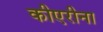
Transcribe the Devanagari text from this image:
कीएरीना